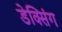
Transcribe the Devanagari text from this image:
डेक्सिंग